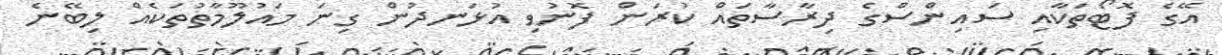
އޭގެ ފޮޓޯތަކާއި ސައިންސްގެ ދިރާސާތައް ކުރަން ފޮނުވި އުޅަނދުން ގިނަ މައުލޫމާތުތަކެއް ލިބޭނެ